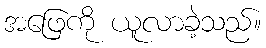
အဖြေကို ယူလာခဲ့သည်။